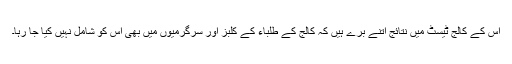
اُس کے کالج ٹیسٹ میں نتائج اتنے برے ہیں کہ کالج کے طلباء کے کلبز اور سرگرمیوں میں بھی اُس کو شامل نہیں کیا جا رہا۔